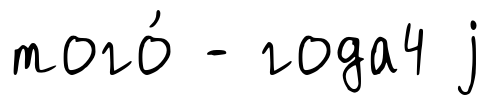
того́ - года4 j